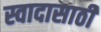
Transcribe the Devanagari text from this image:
स्वादासाठी